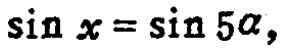
\(\sin x = \sin 5\alpha\)